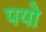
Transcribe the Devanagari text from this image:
पयो